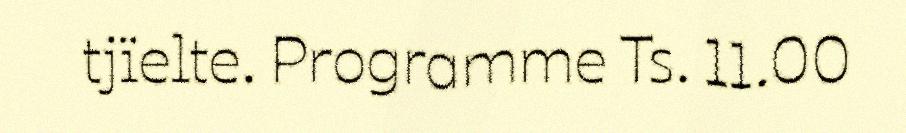
tjïelte. Programme Ts. 11.00